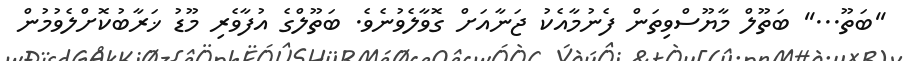
''ބަތޫ...'' ބަތޫލް މާޔޫސްވިތަން ފެނުމާއެކު ޖަނާއަށް ގޮވާލެވުނެވެ. ބަތޫލްގެ އުފާވެރި މޫޑު ޚަރާބުކޮށްލެވުމުން